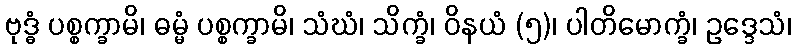
ဗုဒ္ဓံ ပစ္စက္ခာမိ၊ ဓမ္မံ ပစ္စက္ခာမိ၊ သံဃံ၊ သိက္ခံ၊ ဝိနယံ (၅)၊ ပါတိမောက္ခံ၊ ဥဒ္ဒေသံ၊